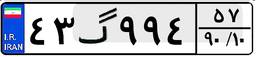
۴۳گ۹۹۴۵۷